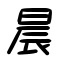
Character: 晨